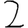
Digit: 2